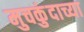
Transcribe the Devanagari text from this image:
मुचकुंदाच्या